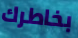
بخاطرك